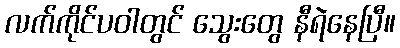
လက်ကိုင်ပဝါတွင် သွေးတွေ နီရဲနေပြီ။